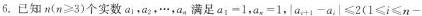
6. 已知$$n ( n ≥ 3 )$$个实数a_{1}，a_{2}，···，a_{n}满足$$a _ { 1 } = 1$$，$$a _ { x } = 1$$，$$| a _ { i + 1 } - a | ≤ 2$$ $$( 1 ≤ i ≤ n -